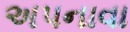
અપનાવા